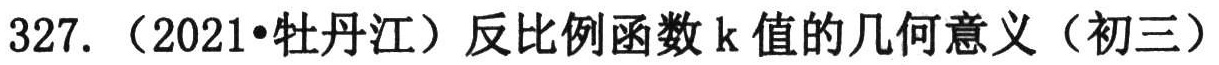
327.（2021•牡丹江）反比例函数 k值的几何意义（初三）